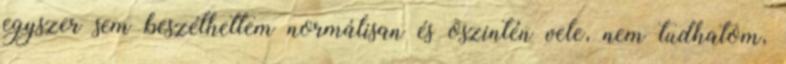
egyszer sem beszélhettem normálisan és õszintén vele, nem tudhatom,